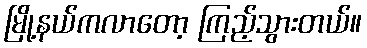
မြို့နယ်ကလာတော့ ကြည့်သွားတယ်။